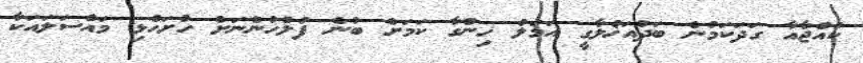
ކުއްޖާއާ ގަދަކަމުން ބަދުއަޚުލާގީ އަމަލު ހިންގާ ކަމަށް ބުނެ ފުލުހުންނަށް ހުށަހެޅި މައްސަލައަކާ